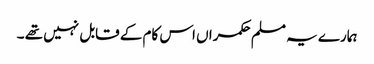
ہمارے یہ مسلم حکمراں اس کام کے قابل نہیں تھے ۔